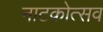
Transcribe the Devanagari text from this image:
नाटकोत्सव